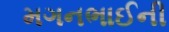
મગનભાઈની